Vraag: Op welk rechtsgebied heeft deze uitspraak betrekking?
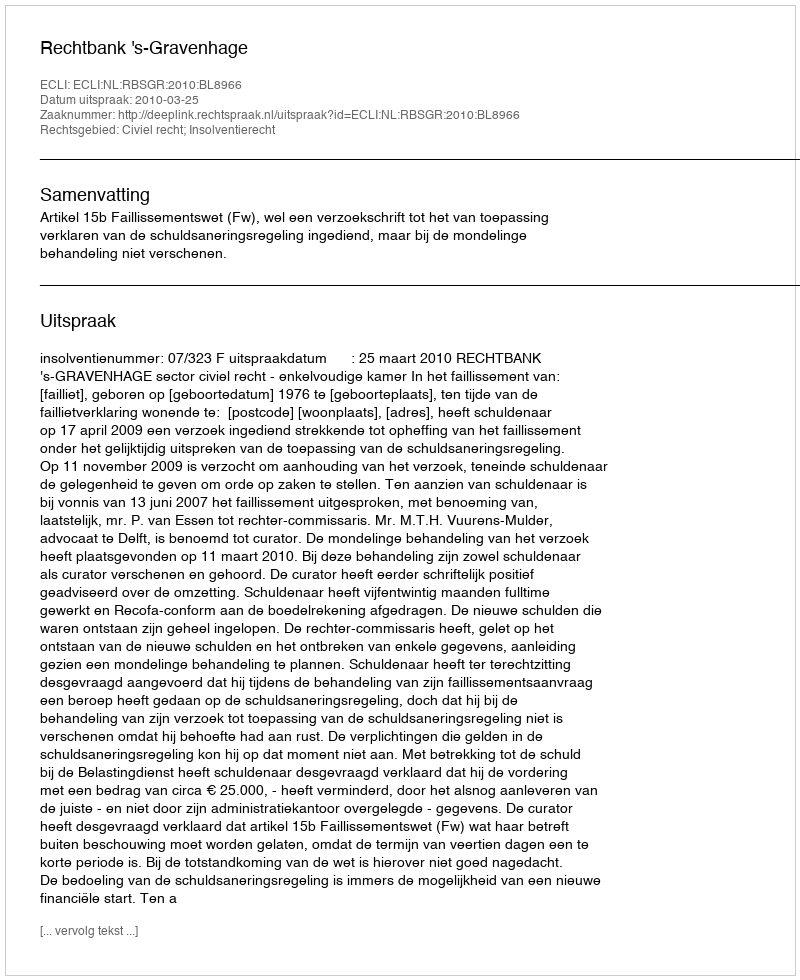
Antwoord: Civiel recht; Insolventierecht